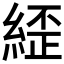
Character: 𮈥